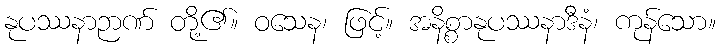
နုပဿနာဉာဏ် တို့၏။ ဝသေန၊ ဖြင့်။ အနိစ္စာနုပဿနာဒီနံ၊ ကုန်သော။